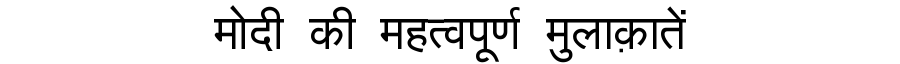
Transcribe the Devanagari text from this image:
मोदी की महत्वपूर्ण मुलाक़ातें